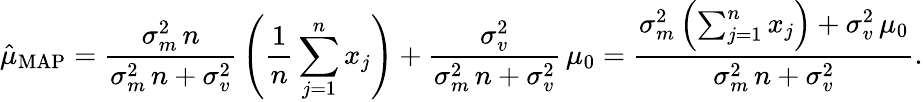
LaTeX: {\hat{\mu}}_{\mathrm{MAP}}={\frac{\sigma_{m}^{2}\, n}{\sigma_{m}^{2}\, n+\sigma_{v}^{2}}}\left({\frac{1}{n}}\sum_{j=1}^{n}x_{j}\right)+{\frac{\sigma_{v}^{2}}{\sigma_{m}^{2}\, n+\sigma_{v}^{2}}}\, \mu_{0}={\frac{\sigma_{m}^{2}\left(\sum_{j=1}^{n}x_{j}\right)+\sigma_{v}^{2}\, \mu_{0}}{\sigma_{m}^{2}\, n+\sigma_{v}^{2}}}.